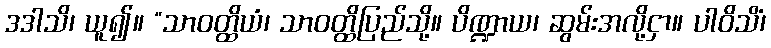
ဒဒါသိ၊ ယူ၍။ “သာဝတ္ထိယံ၊ သာဝတ္ထိပြည်သို့။ ပိဏ္ဍာယ၊ ဆွမ်းအလို့ငှာ။ ပါဝိသိံ၊